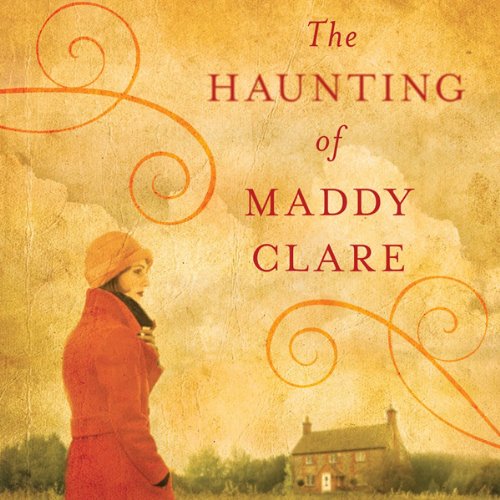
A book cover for The Haunting of Maddy Clare; Simone St. James; Mystery, Thriller & Suspense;